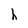
Character: h